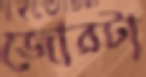
জোরটা